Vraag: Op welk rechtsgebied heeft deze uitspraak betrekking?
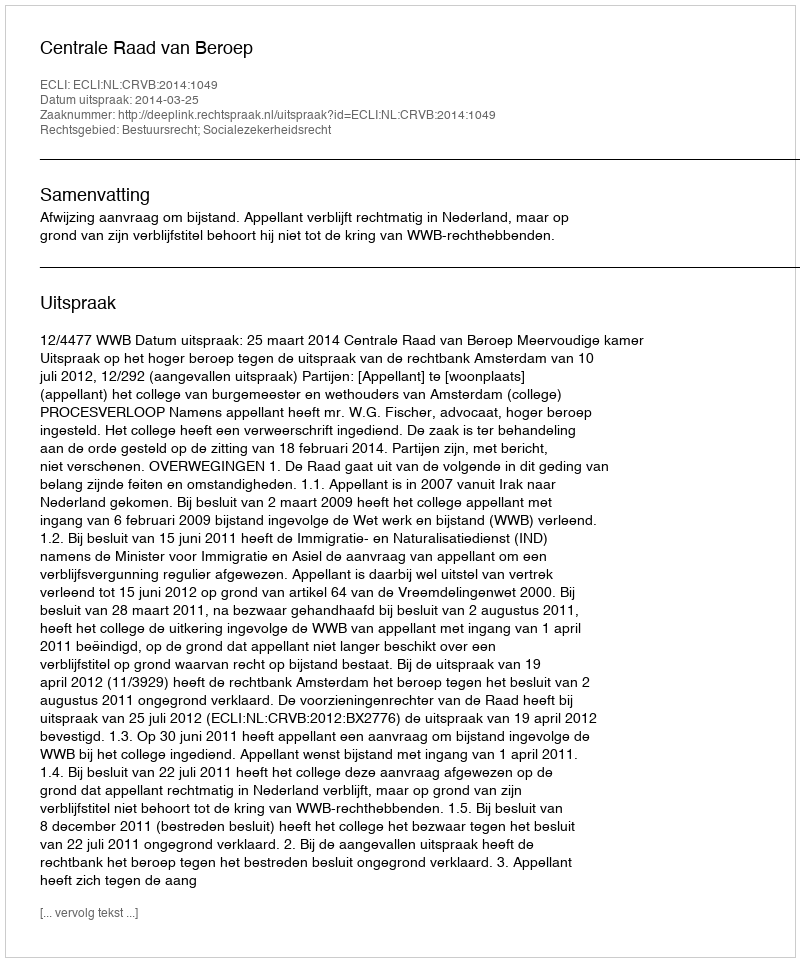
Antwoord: Bestuursrecht; Socialezekerheidsrecht